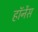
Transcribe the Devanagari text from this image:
हॉर्नेस